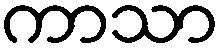
ကာသာ